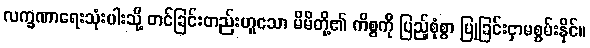
လက္ခဏာရေးသုံးပါးသို့ တင်ခြင်းတည်းဟူသော မိမိတို့၏ ကိစ္စကို ပြည့်စုံစွာ ပြုခြင်းငှာမစွမ်းနိုင်။